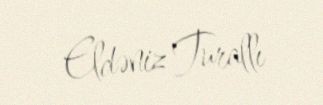
Eldəniz Turallı